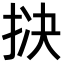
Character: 𪭱